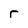
Character: r